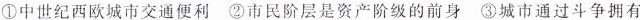
①中世纪西欧城市交通便利 ②市民阶层是资产阶级的前身 ③城市通过斗争拥有